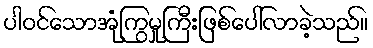
ပါဝင်သောအုံကြွမှုကြီးဖြစ်ပေါ်လာခဲ့သည်။